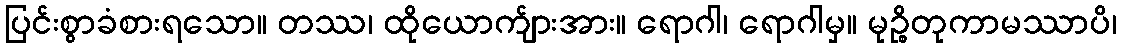
ပြင်းစွာခံစားရသော။ တဿ၊ ထိုယောက်ျားအား။ ရောဂါ၊ ရောဂါမှ။ မုဉ္စိတုကာမဿာပိ၊